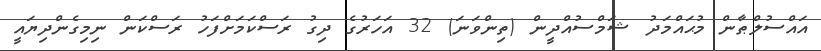
އައްސުލްޠާން މުޙައްމަދު ޝަމްސުއްދީން (ތިންވަނަ) 32 އަހަރުގެ ދިގު ރަސްކަމަށްފަހު ރަސްކަން ނިމިގެންދިޔައީ